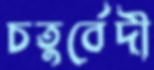
চতুর্বেদী